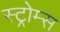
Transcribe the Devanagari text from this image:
स्ट्रोम्स